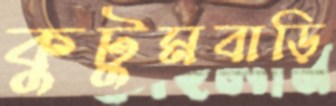
কুটুমবাড়ি